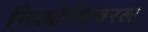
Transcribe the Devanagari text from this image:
निओलिबरल